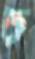
চ